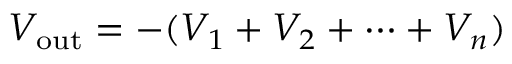
V _ { \mathrm { o u t } } = - ( V _ { 1 } + V _ { 2 } + \cdots + V _ { n } )